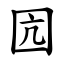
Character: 囥